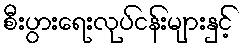
စီးပွားရေးလုပ်ငန်းများနှင့်